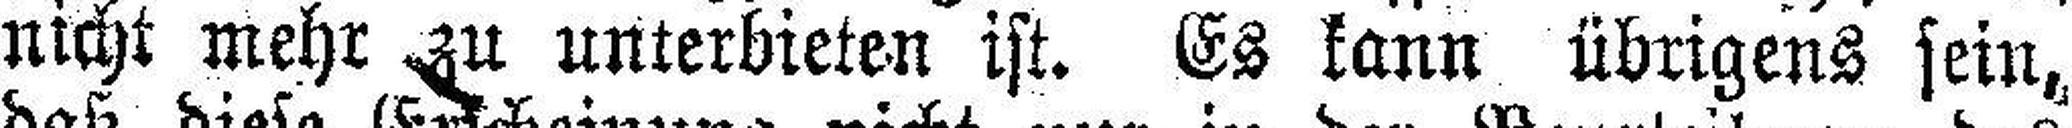
nicht mehr zu unterbieten ist. Es kann übrigens sein,